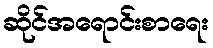
ဆိုင်အရောင်းစာရေး